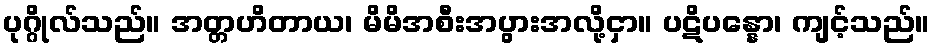
ပုဂ္ဂိုလ်သည်။ အတ္တဟိတာယ၊ မိမိအစီးအပွားအလို့ငှာ။ ပဋိပန္နော၊ ကျင့်သည်။